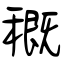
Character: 穊